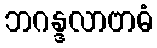
ဘဂန္ဒလာဗာဓံ